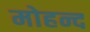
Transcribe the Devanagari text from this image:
मोहन्द